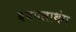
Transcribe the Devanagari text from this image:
बथपलाथंग